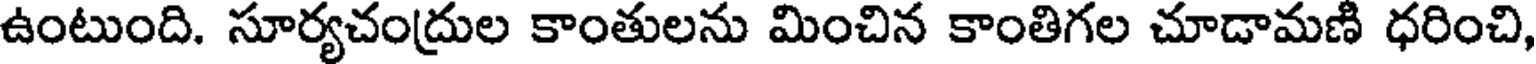
ఉంటుంది. సూర్యచంద్రుల కాంతులను మించిన కాంతిగల చూడామణి ధరించి,